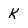
Character: k